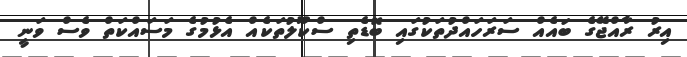
އިރު ރާއްޖޭގެ ބައެއް ސަރަހައްދުތަކުގައި ބޮޑެތި ސްކޫލުތަކެއް އެޅުމުގެ މަސައްކަތް ވެސް ވަނީ